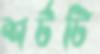
শর্টটি